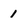
Character: 1